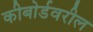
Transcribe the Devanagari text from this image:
कीबोर्डवरील